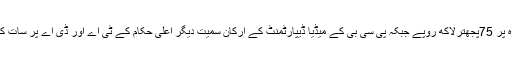
جاوید میانداد کے چار روزہ دورہ پر 75پجھترلاکھ روپے جبکہ پی سی بی کے میڈیا ڈیپارٹمنٹ کے ارکان سمیت دیگر اعلیٰ حکام کے ٹی اے اور ڈی اے پر سات کروڑ روپے خرچ کیے گئے ہیں۔